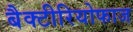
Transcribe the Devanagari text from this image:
बैक्टीरियोफाज